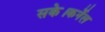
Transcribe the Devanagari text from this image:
सके।कर्नेल